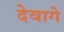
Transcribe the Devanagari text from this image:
देवागे